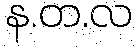
န.တ.လ